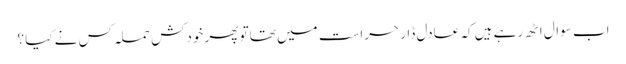
اب سوال اٹھ رہے ہیں کہ عادل ڈار حراست میں تھا تو پھر خودکش حملہ کس نے کیا ؟